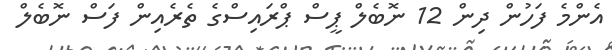
އެންމެ ފަހުން ދިން 12 ނޮބެލް ޕީސް ޕްރައިސްގެ ތެރެއިން ފަސް ނޮބެލް